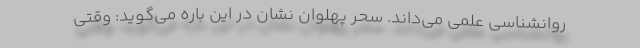
روانشناسی علمی می‌داند. سحر پهلوان نشان در این باره می‌گوید: وقتی